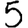
Digit: 5